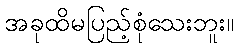
အခုထိမပြည့်စုံသေးဘူး။